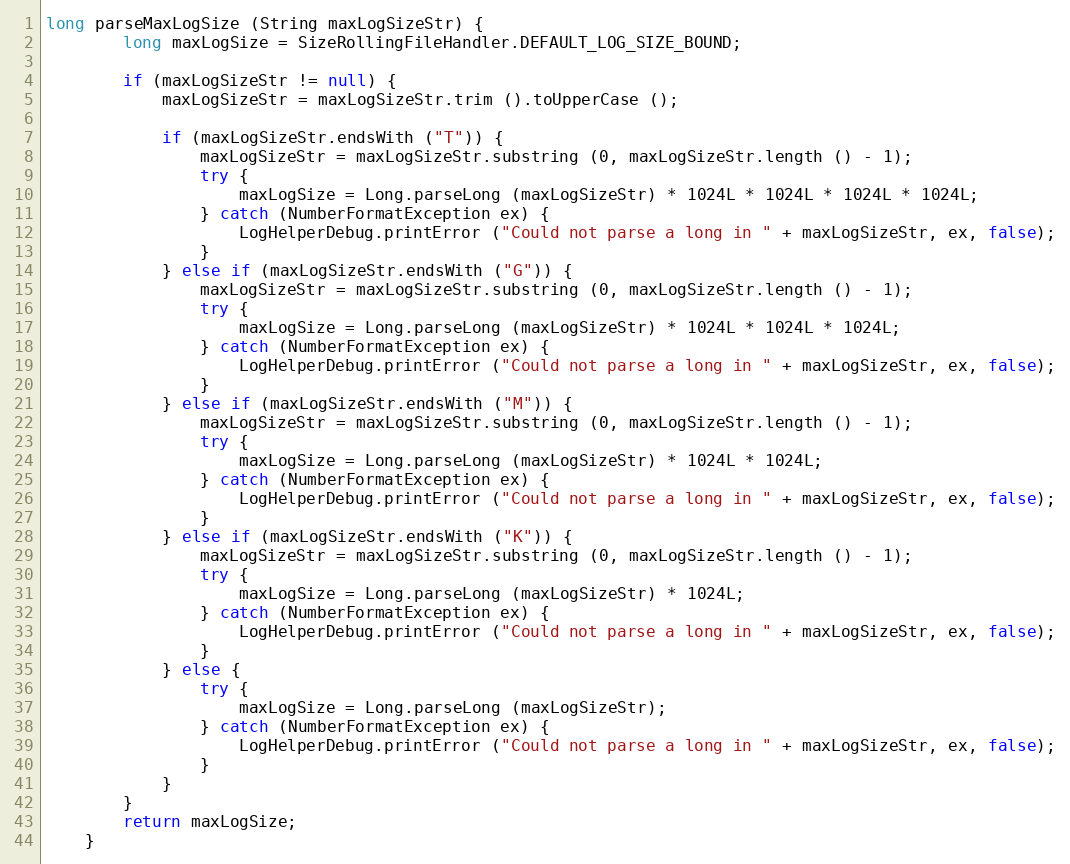
Language: Java
long parseMaxLogSize (String maxLogSizeStr) {
		long maxLogSize = SizeRollingFileHandler.DEFAULT_LOG_SIZE_BOUND;

		if (maxLogSizeStr != null) {
			maxLogSizeStr = maxLogSizeStr.trim ().toUpperCase ();

			if (maxLogSizeStr.endsWith ("T")) {
				maxLogSizeStr = maxLogSizeStr.substring (0, maxLogSizeStr.length () - 1);
				try {
					maxLogSize = Long.parseLong (maxLogSizeStr) * 1024L * 1024L * 1024L * 1024L;
				} catch (NumberFormatException ex) {
					LogHelperDebug.printError ("Could not parse a long in " + maxLogSizeStr, ex, false);
				}
			} else if (maxLogSizeStr.endsWith ("G")) {
				maxLogSizeStr = maxLogSizeStr.substring (0, maxLogSizeStr.length () - 1);
				try {
					maxLogSize = Long.parseLong (maxLogSizeStr) * 1024L * 1024L * 1024L;
				} catch (NumberFormatException ex) {
					LogHelperDebug.printError ("Could not parse a long in " + maxLogSizeStr, ex, false);
				}
			} else if (maxLogSizeStr.endsWith ("M")) {
				maxLogSizeStr = maxLogSizeStr.substring (0, maxLogSizeStr.length () - 1);
				try {
					maxLogSize = Long.parseLong (maxLogSizeStr) * 1024L * 1024L;
				} catch (NumberFormatException ex) {
					LogHelperDebug.printError ("Could not parse a long in " + maxLogSizeStr, ex, false);
				}
			} else if (maxLogSizeStr.endsWith ("K")) {
				maxLogSizeStr = maxLogSizeStr.substring (0, maxLogSizeStr.length () - 1);
				try {
					maxLogSize = Long.parseLong (maxLogSizeStr) * 1024L;
				} catch (NumberFormatException ex) {
					LogHelperDebug.printError ("Could not parse a long in " + maxLogSizeStr, ex, false);
				}
			} else {
				try {
					maxLogSize = Long.parseLong (maxLogSizeStr);
				} catch (NumberFormatException ex) {
					LogHelperDebug.printError ("Could not parse a long in " + maxLogSizeStr, ex, false);
				}
			}
		}
		return maxLogSize;
	}